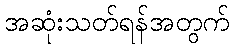
အဆုံးသတ်ရန်အတွက်